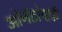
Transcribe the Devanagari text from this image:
ओर्नडोर्फ्फ़